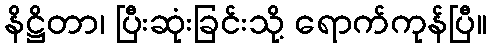
နိဋ္ဌိတာ၊ ပြီးဆုံးခြင်းသို့ ရောက်ကုန်ပြီ။